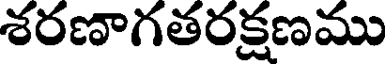
శరణాగతరక్షణము